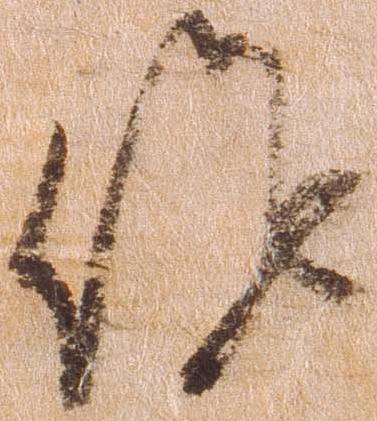
候